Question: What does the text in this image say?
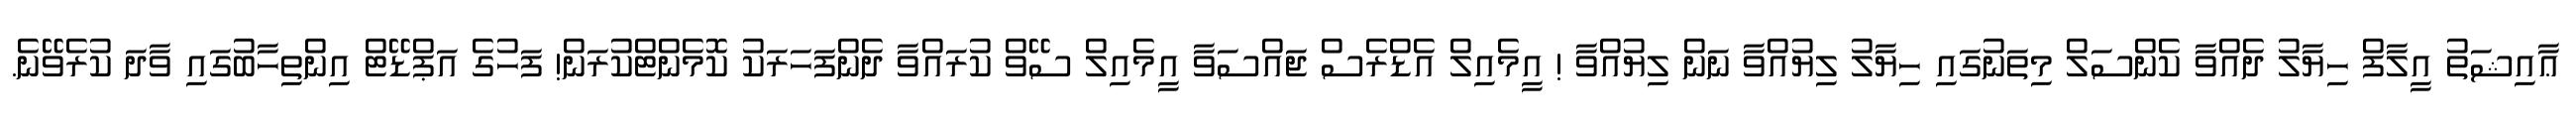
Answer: ޢާއިޝަތު އީލާފް ހިޔާލު ދެއްވާ ކެންސަލް މިތަނުގައި ހިޔާލު ލިޔުއްވާ ނަން ލިޔުއްވާ ! އީމެއިލް އެޑްރެސް ޖައްސަވާ އީމެއިލް ސޭވް ކުރައްވާ ދެންފަހަރަކު ކޮމެންޓްކުރަން! ފަހުގެ އަޕްޑޭޓް އިންތިހާބުގައި ވާދަ ކުރެވޭނެ.